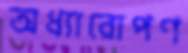
অধ্যারোপণ